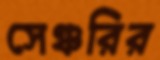
সেঞ্চরির